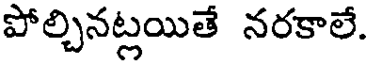
పోల్చినట్లయితే నరకాలే.